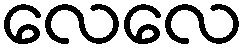
လေလေ